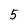
Character: 5